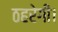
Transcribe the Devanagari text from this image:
ठहरेगी।